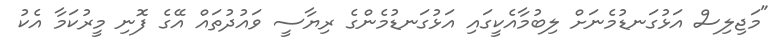
"މަޖިލިސް އަޅުގަނޑުމެނަށް ލިބުމާއެކީގައި އަޅުގަނޑުމެންގެ ރިޔާސީ ވައުދުތައް އޭގެ ފޮނި މީރުކަމާ އެކު